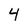
Character: 4